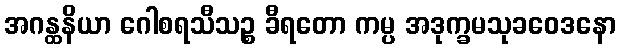
အဂန္ထနိယာ ဂေါစရသီသဉ္စ ခီရတော ကမ္ပ အဒုက္ခမသုခဝေဒနော